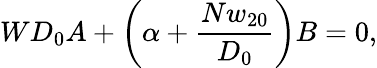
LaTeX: WD_{0}A+\left(\alpha+\frac{Nw_{20}}{D_{0}}\right)B=0,